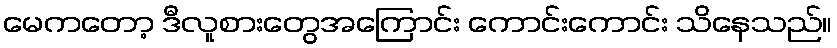
မေကတော့ ဒီလူစားတွေအကြောင်း ကောင်းကောင်း သိနေသည်။